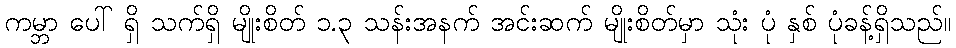
ကမ္ဘာ ပေါ် ရှိ သက်ရှိ မျိုးစိတ် ၁.၃ သန်းအနက် အင်းဆက် မျိုးစိတ်မှာ သုံး ပုံ နှစ် ပုံခန့်ရှိသည်။